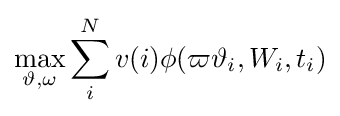
\max _{\vartheta ,\omega }\sum _{i}^{N}v(i)\phi (\varpi \vartheta _{i},W_{i},t_{i})